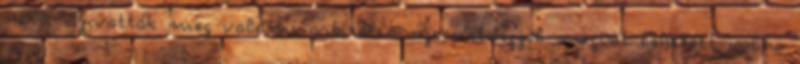
nem szivatták meg valami orbitális szemétséggel megint lehetett volna